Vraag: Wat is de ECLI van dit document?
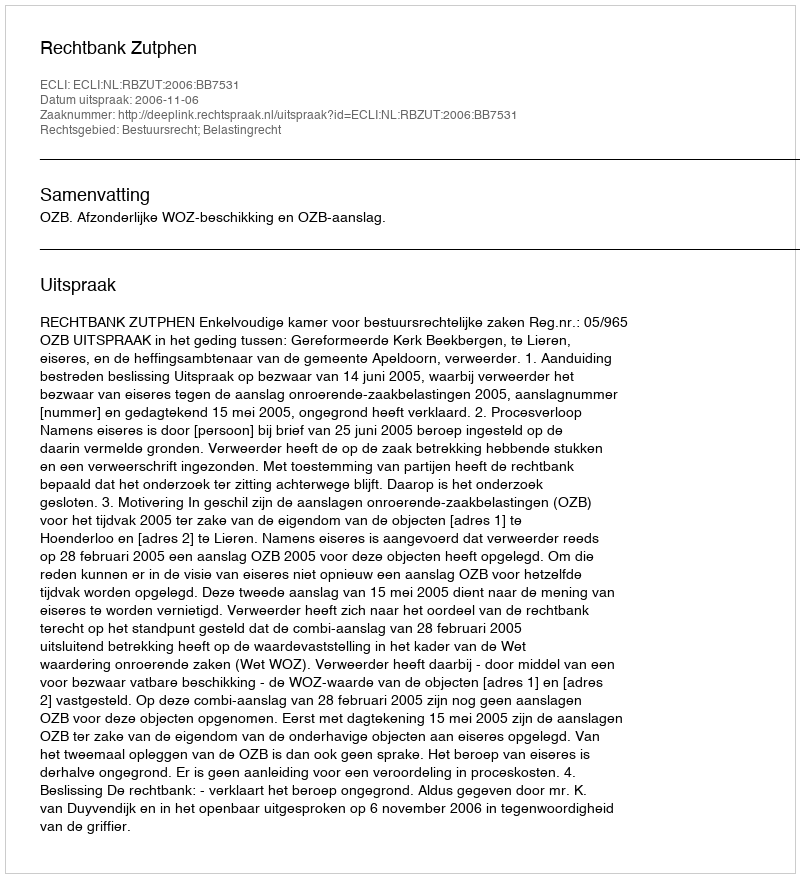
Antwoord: ECLI:NL:RBZUT:2006:BB7531